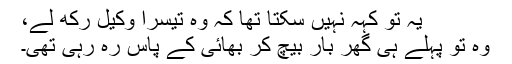
یہ تو کہہ نہیں سکتا تھا کہ وہ تیسرا وکیل رکھ لے،
وہ تو پہلے ہی گھر بار بیچ کر بھائی کے پاس رہ رہی تھی۔